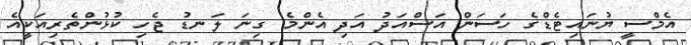
އެމްސީ ޔުނައިޓެޑްގެ ހަސަން އަސްއަދު އަދި އެންމެ ގިނަ ލަނޑު ޖެހި ކުޅުންތެރިއަކީއެ